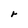
Character: r